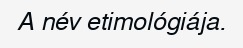
A név etimológiája.